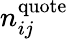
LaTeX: n_{ij}^{\mathrm{quote}}